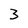
Character: 3